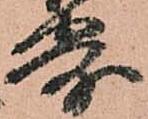
寄